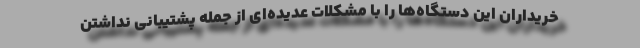
خریداران این دستگاه‌ها را با مشکلات عدیده‌ای از جمله پشتیبانی نداشتن